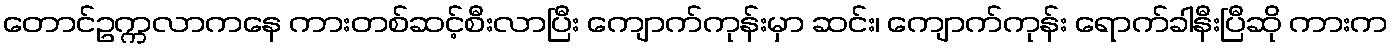
တောင်ဥက္ကလာကနေ ကားတစ်ဆင့်စီးလာပြီး ကျောက်ကုန်းမှာ ဆင်း၊ ကျောက်ကုန်း ရောက်ခါနီးပြီဆို ကားက